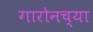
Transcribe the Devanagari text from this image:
गारोनच्या